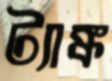
ট্যাঙ্ক